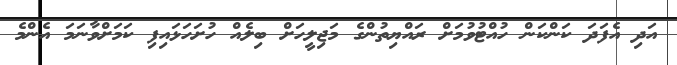
އަދި އެފަދަ ކަންކަން ހުއްޓުވުމަށް ރައްޔިތުންގެ މަޖިލީހަށް ބިލެއް ހުށަހަޅައިފި ކަމަށްވާނަމަ އެންމެ